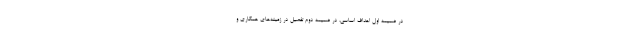
در ضمیمه اول اهداف اساسی، در ضمیمه دوم تفصیل در زمینه‌های همکاری و